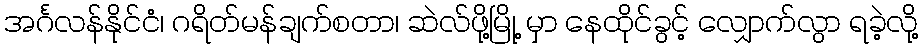
အင်္ဂလန်နိုင်ငံ၊ ဂရိတ်မန်ချက်စတာ၊ ဆဲလ်ဖို့မြို့ မှာ နေထိုင်ခွင့် လျှောက်လွာ ရခဲ့လို့